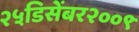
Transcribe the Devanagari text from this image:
२५डिसेंबर२००९